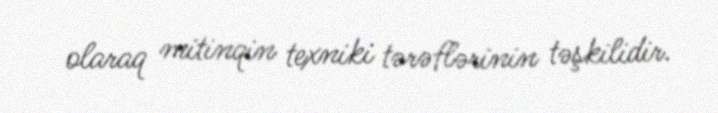
olaraq mitinqin texniki tərəflərinin təşkilidir.